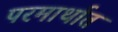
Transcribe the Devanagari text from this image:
परमार्थात